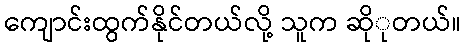
ကျောင်းထွက်နိုင်တယ်လို့ သူက ဆိုုတယ်။